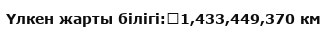
Үлкен жарты білігі:	1,433,449,370 км